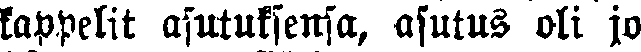
kappelit asutuksensa, asutus oli jo